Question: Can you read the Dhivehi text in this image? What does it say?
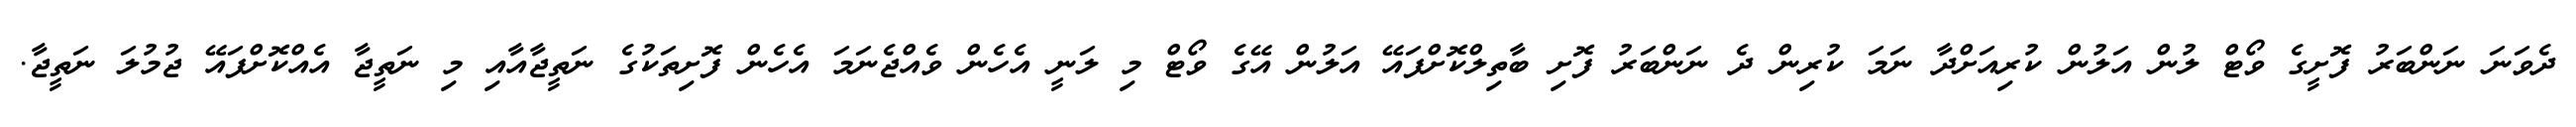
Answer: ދެވަނަ ނަންބަރު ފޮށީގެ ވޯޓް ލުން އަލުން ކުރިއަށްދާ ނަމަ ކުރިން ދެ ނަންބަރު ފޮށި ބާތިލްކޮށްފައޭ އަލުން އޭގެ ވޯޓް މި ލަނީ އެހެން ވެއްޖެނަމަ އެހެން ފޮށިތަކުގެ ނަތީޖާއާއި މި ނަތީޖާ އެއްކޮށްފައޭ ޖުމުލަ ނަތީޖާ.